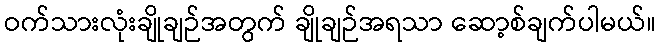
ဝက်သားလုံးချိုချဉ်အတွက် ချိုချဉ်အရသာ ဆော့စ်ချက်ပါမယ်။